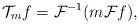
LaTeX: \begin{align*}\mathcal{T}_mf=\mathcal{F}^{-1}(m\mathcal{F}f),\end{align*}